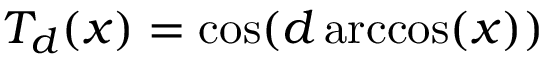
T _ { d } ( x ) = \cos ( d \operatorname { a r c c o s } ( x ) )